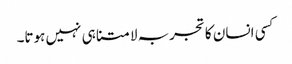
کسی انسان کا تجربہ لامتناہی نہیں ہوتا۔